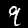
Digit: 9